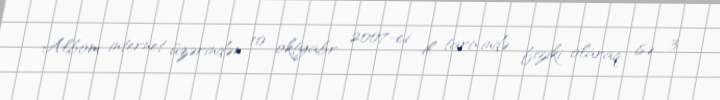
Albom internet üzərindən 10 oktyabr 2007-ci il tarixində, fiziki olaraq isə 3